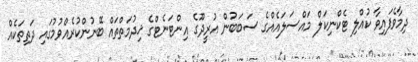
ދިމާވެފައިވާ ކުއްލި ޓެކްނިކަލް މައްސަލައެއްގެ ސަބަބުން އުރީދޫގެ އިންޓަނެޓްގެ ޚިދުމަތްތައް ބޭނުންކުރެއްވުމުގައި ދަތިތަކެއް